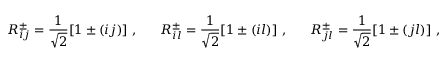
R _ { i j } ^ { \pm } = \frac { 1 } { \sqrt { 2 } } [ 1 \pm ( i j ) ] ~ , ~ ~ ~ ~ ~ R _ { i l } ^ { \pm } = \frac { 1 } { \sqrt { 2 } } [ 1 \pm ( i l ) ] ~ , ~ ~ ~ ~ ~ R _ { j l } ^ { \pm } = \frac { 1 } { \sqrt { 2 } } [ 1 \pm ( j l ) ] ~ ,